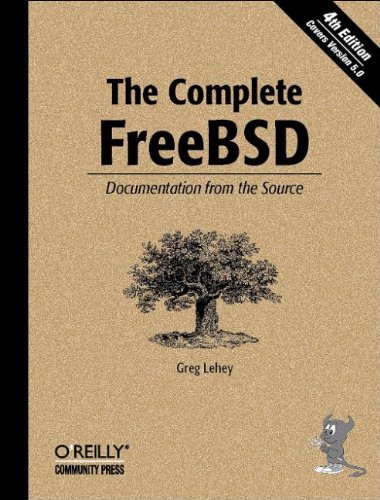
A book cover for The Complete FreeBSD: Documentation from the Source; Greg Lehey; Computers & Technology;